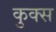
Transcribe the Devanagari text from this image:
कुक्स